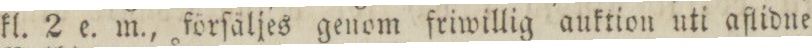
kl. 2 e. m., förſäljes genom friwillig auktion uti aflidne